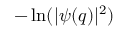
- \ln ( | \psi ( q ) | ^ { 2 } )